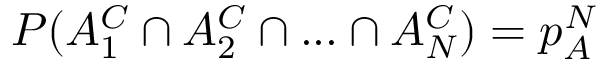
P ( A _ { 1 } ^ { C } \cap A _ { 2 } ^ { C } \cap . . . \cap A _ { N } ^ { C } ) = p _ { A } ^ { N }